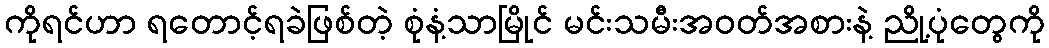
ကိုရင်ဟာ ရတောင့်ရခဲဖြစ်တဲ့ စုံနံ့သာမြိုင် မင်းသမီးအဝတ်အစားနဲ့ ညို့ပုံတွေကို